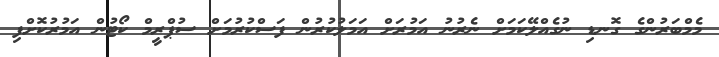
މެމްބަރުންގެ ގޮނޑި ނުގެއްލޭކަމަށް ނެރުނު އަމުރަށް އަމަލުކުރުން ފަސްކުރުމަށް ސުޕްރީމް ކޯޓުން އަމުރުކޮށްފި